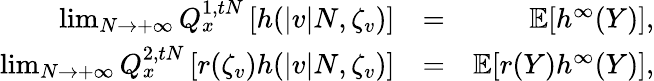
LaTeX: \begin{array}{rlr}{\operatorname*{lim}_{N\rightarrow+\infty}Q_{x}^{1,tN}\left[h(|v|N,\zeta_{v})\right]}&{=}&{\mathbb E[h^{\infty}(Y)],}\\ {\operatorname*{lim}_{N\rightarrow+\infty}Q_{x}^{2,tN}\left[r(\zeta_{v})h(|v|N,\zeta_{v})\right]}&{=}&{\mathbb{E}[r(Y)h^{\infty}(Y)],}\end{array}